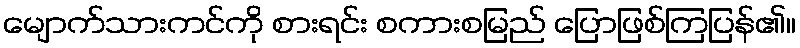
မျောက်သားကင်ကို စားရင်း စကားစမြည် ပြောဖြစ်ကြပြန်၏။